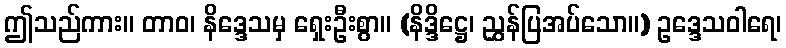
ဤသည်ကား။ တာဝ၊ နိဒ္ဒေသမှ ရှေးဦးစွာ။ (နိဒ္ဒိဋ္ဌေ၊ ညွှန်ပြအပ်သော။) ဥဒ္ဒေသဝါရေ၊